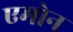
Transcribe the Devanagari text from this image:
एमोन